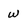
Character: w